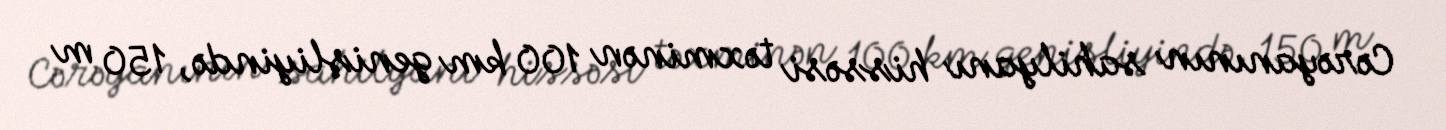
Cərəyanının sahilyanı hissəsi təxminən 100 km genişliyində, 150 m